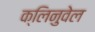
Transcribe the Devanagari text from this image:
क्लिनुवेल